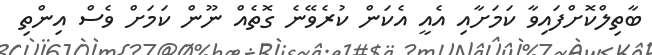
ބާތިލްކޮށްފައިވާ ކަމަށާއި އެއީ އެކަން ކުރެވޭނެ ގޮތެއް ނޫން ކަމަށް ވެސް އިންތި